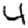
Digit: 4